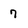
Character: 7